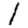
Digit: 1